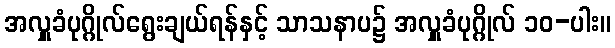
အလှူခံပုဂ္ဂိုလ်ရွေးချယ်ရန်နှင့် သာသနာပ၌ အလှူခံပုဂ္ဂိုလ် ၁၀-ပါး။